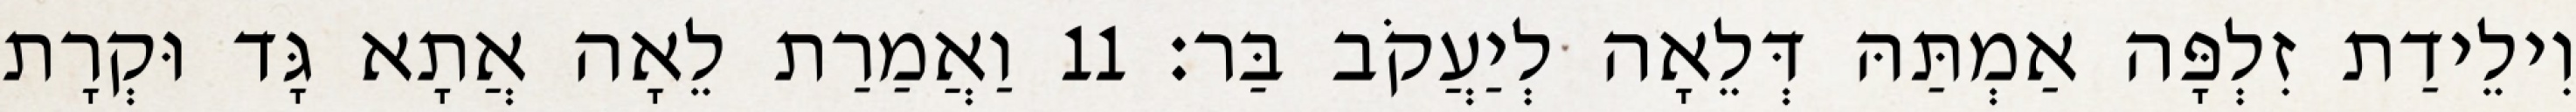
וִילֵידַת זִלְפָּה אַמְתַּהּ דְּלֵאָה לְיַעֲקֹב בַּר׃ 11 וַאֲמַרַת לֵאָה אֲתָא גָּד וּקְרָת